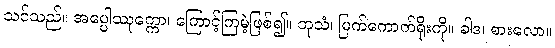
သင်သည်။ အပ္ပေါဿုက္ကော၊ ကြောင့်ကြမဲ့ဖြစ်၍။ ဘုသံ၊ မြက်ကောက်ရိုးကို။ ခါဒ၊ စားလော။